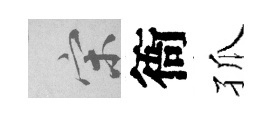
宋衙孤